Civil Veterinary Dept. Bombay admin report 1932-41 - 1932-1941
Year: 1932
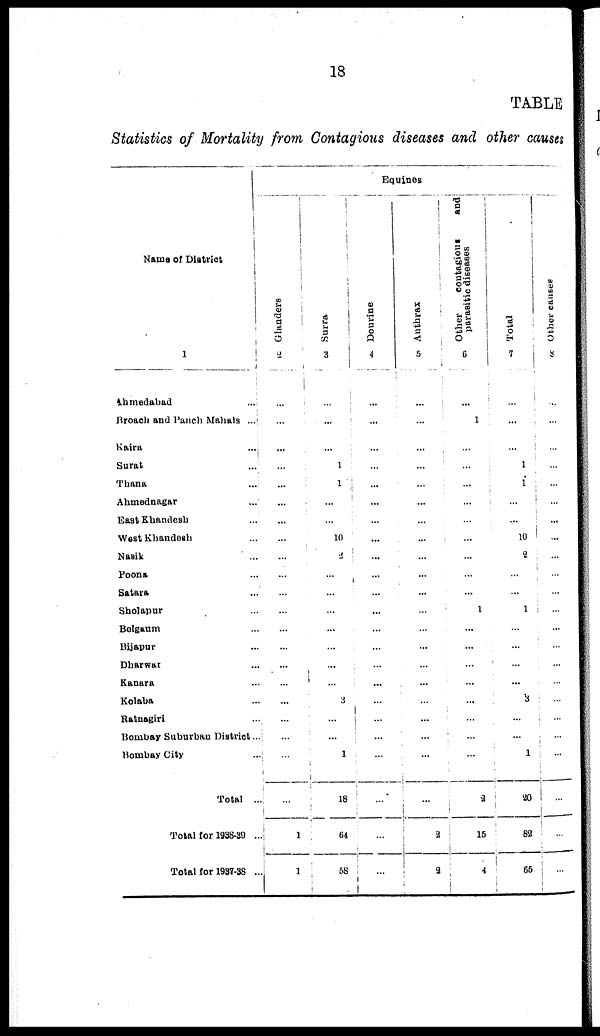
18
TABLE
Statistics of Mortality from Contagious diseases and other causes
Name of District
1
Ahmedabad
...
Broach and Panch Mahals ...
Kaira ...
Surat ...
Thana ...
Ahmednagar ...
East Khandesh ...
Wast Khandesh ...
Nasik ...
Poona ...
Satara ...
Sholapur ...
Belgaum ...
Bijapur ...
Dharwar ...
Kanara ...
Kolaba ...
Ratnagiri ...
Bombay Suburban District ...
Bombay City
...
Total ...
Total for 1938-39 ...
Total for 1937-38 ...
Equines
Glanders
2
...
...
...
...
...
...
...
...
...
...
...
...
...
...
...
...
...
...
...
...
...
1
1
Surra
3
...
...
...
1
1
...
...
10
2
...
...
...
...
...
...
...
3
...
...
1
18
64
58
Dourine
4
...
...
...
...
...
...
...
...
...
...
...
...
...
...
...
...
...
...
...
...
...
...
Anthrax
5
...
...
...
...
...
...
...
...
...
...
...
...
...
...
...
...
...
...
...
...
...
2
2
Other
contagious
and
parasitic diseases
6
...
1
...
...
...
...
...
...
...
...
...
1
...
...
...
...
...
...
...
...
2
15
4
Total
7
...
...
...
1
1
...
...
10
2
...
...
1
...
...
...
...
3
...
...
1
20
82
65
Other causes
8
...
...
...
...
...
...
...
...
...
...
...
...
...
...
...
...
...
...
...
...
...
...